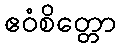
ဧဝံစိတ္တော